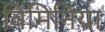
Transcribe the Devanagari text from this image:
विमिनिया